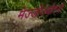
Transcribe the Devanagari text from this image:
मेज्जोज्योरनो